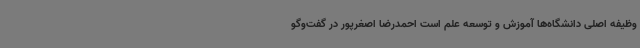
وظیفه اصلی دانشگاه‌ها آموزش و توسعه علم است احمدرضا اصغرپور در گفت‌وگو